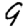
Digit: 9